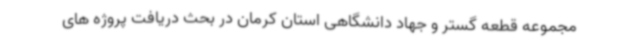
مجموعه قطعه گستر و جهاد دانشگاهی استان کرمان در بحث دریافت پروژه های